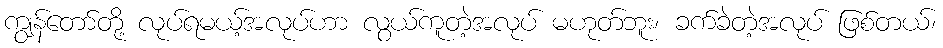
ကျွန်တော်တို့ လုပ်ရမယ့်အလုပ်ဟာ လွယ်ကူတဲ့အလုပ် မဟုတ်ဘူး၊ ခက်ခဲတဲ့အလုပ် ဖြစ်တယ်၊